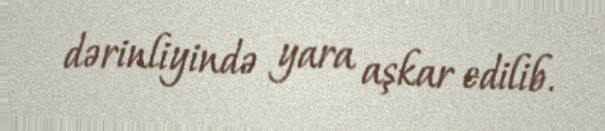
dərinliyində yara aşkar edilib.